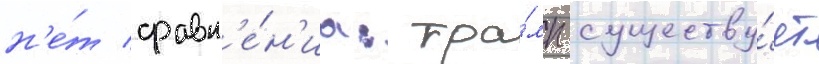
н'е́т сравн'е́н'иа: тра́мп существу́ет